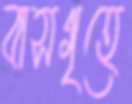
বাসগৃহে